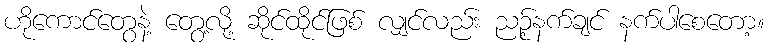
ဟိုကောင်တွေနဲ့ တွေ့လို့ ဆိုင်ထိုင်ဖြစ် လျှင်လည်း ညဉ့်နက်ချင် နက်ပါစေတော့။